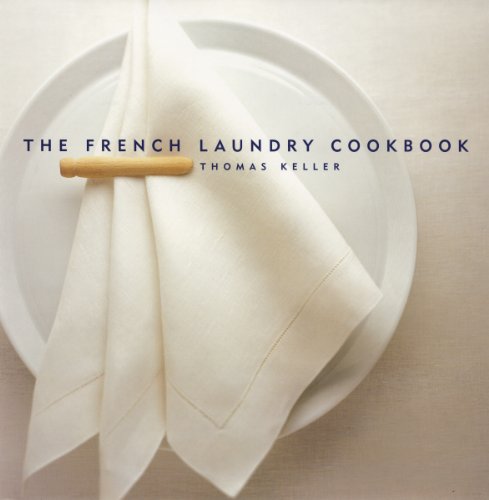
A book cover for The French Laundry Cookbook; Thomas Keller; Cookbooks, Food & Wine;